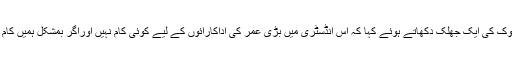
ایک بھارتی میگزین کو دیئے گئے انٹرویو میں انہوں نے بالی ووڈانڈسٹری میں ہونیوالے امتیازی سلوک کی ایک جھلک دکھاتے ہوئے کہا کہ اس انڈسٹری میں بڑی عمر کی اداکارائوں کے لیے کوئی کام نہیں اوراگر بمشکل ہمیں کام ملتا بھی ہے تو کردار اچھا نہیں ہوتا یہی وجہ ہے کہ میں نے انڈسٹری چھوڑ دی اور گھر بیٹھ گئی۔